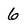
Character: 6